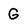
Character: G